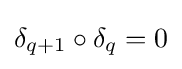
\delta _{q+1}\circ \delta _{q}=0